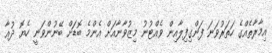
އިމާރާތެއްގެ ހަތަރުވަނަ ފަންގިފިލާއިން ވެއްޓުނު މިޒުވާނާއަށް އެންމެ ބޮޑަށް ބޭނުންވަނީ ހެޔޮ ދުޢާ